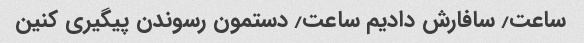
ساعت٫ سافارش دادیم ساعت٫ دستمون رسوندن پیگیری کنین